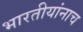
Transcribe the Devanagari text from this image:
भारतीयांनाच